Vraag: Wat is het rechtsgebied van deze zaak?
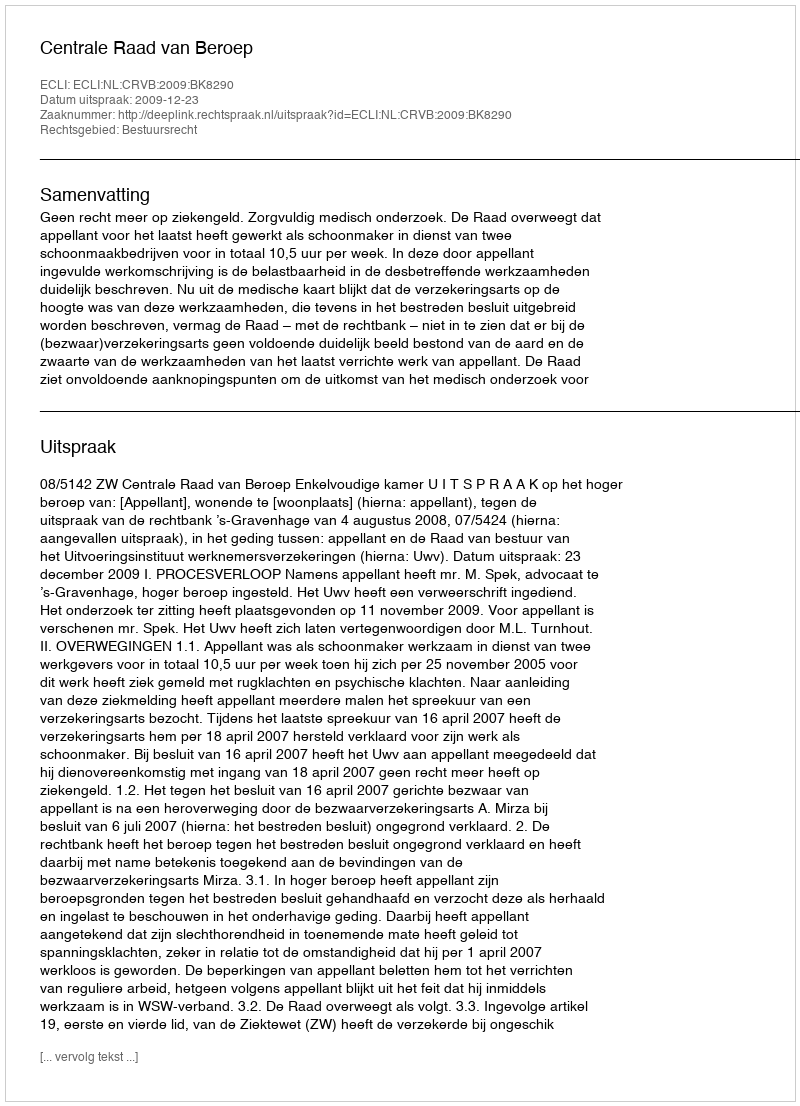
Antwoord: Bestuursrecht